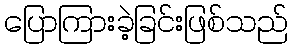
ပြောကြားခဲ့ခြင်းဖြစ်သည်